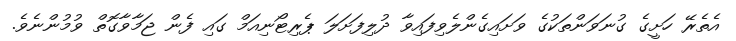
އެތެރޭ ހަށީގެ ގުނަވަންތަކުގެ ވަށައިގެންލެވިފައިވާ ދުލިފަށަލަ ޕެރިޓޯނިއަމް ގައި ފެން ޖަމާވާގޮތް ވުމުންނެވެ.